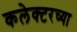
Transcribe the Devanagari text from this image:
कलेक्टरच्या